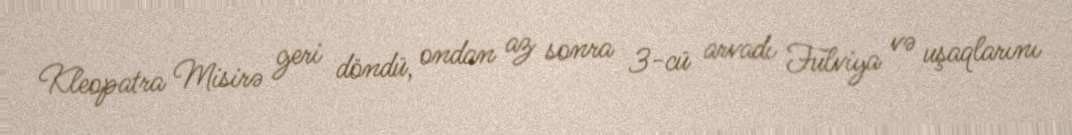
Kleopatra Misirə geri döndü, ondan az sonra 3-cü arvadı Fulviya və uşaqlarını